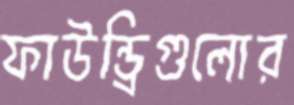
ফাউন্ড্রিগুলোর